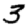
Digit: 3